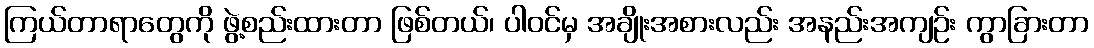
ကြယ်တာရာတွေကို ဖွဲ့စည်းထားတာ ဖြစ်တယ်၊ ပါဝင်မှ အချိုးအစားလည်း အနည်းအကျဉ်း ကွာခြားတာ